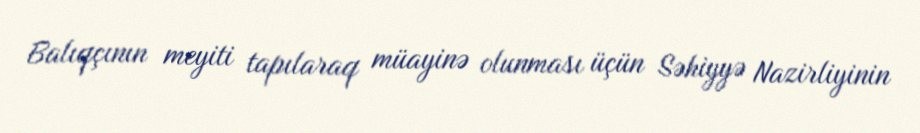
Balıqçının meyiti tapılaraq müayinə olunması üçün Səhiyyə Nazirliyinin